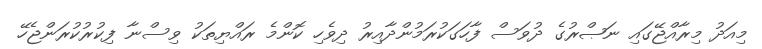
މިއަދު މިރާއްޖޭގައި ނަޞްރުގެ ދުވަސް ފާހަގަކުރަމުންދާއިރު ދިވެހި ކޮންމެ ރައްޔިތަކު ވިސްނާ ފިކުރުކުރަންޖެހޭ